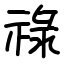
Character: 祿